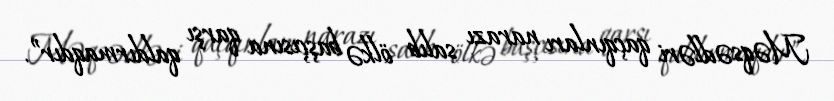
Məqsədləri qaçqınları narazı salıb ölkə başçısına qarşı qaldırmaqdır”.